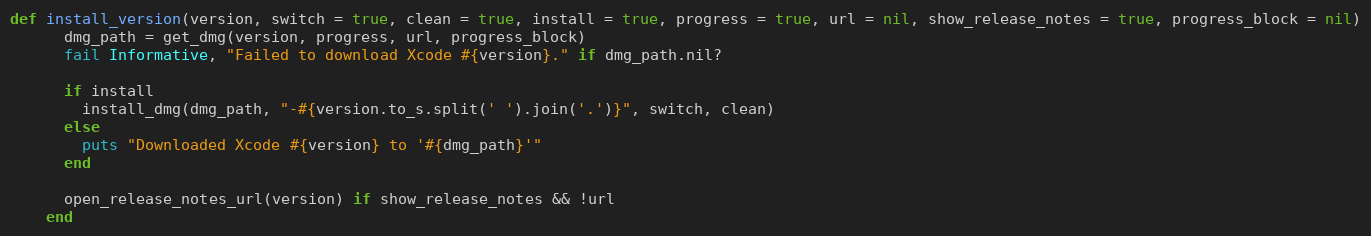
Language: Ruby
def install_version(version, switch = true, clean = true, install = true, progress = true, url = nil, show_release_notes = true, progress_block = nil)
      dmg_path = get_dmg(version, progress, url, progress_block)
      fail Informative, "Failed to download Xcode #{version}." if dmg_path.nil?

      if install
        install_dmg(dmg_path, "-#{version.to_s.split(' ').join('.')}", switch, clean)
      else
        puts "Downloaded Xcode #{version} to '#{dmg_path}'"
      end

      open_release_notes_url(version) if show_release_notes && !url
    end